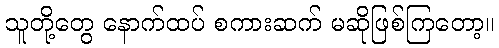
သူတို့တွေ နောက်ထပ် စကားဆက် မဆိုဖြစ်ကြတော့။